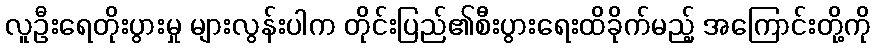
လူဦးရေတိုးပွားမှု များလွန်းပါက တိုင်းပြည်၏စီးပွားရေးထိခိုက်မည့် အကြောင်းတို့ကို